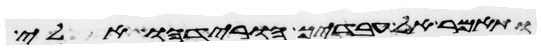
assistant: ותאמר אל עבדיך הורידהו אלי